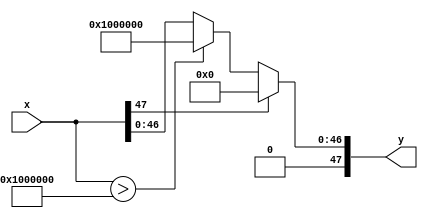
`timescale 1ns / 1ps
//////////////////////////////////////////////////////////////////////////////////
// Company: 
// Engineer: 
// 
// Design Name: 
// Module Name:    activation_function 
// Project Name: 
// Target Devices: 
// Tool versions: 
// Description: 
//
// Dependencies: 
//
// Revision: 
// Revision 0.01 - File Created
// Additional Comments: 
//
//////////////////////////////////////////////////////////////////////////////////
module activation_function(
    input      signed [47 : 0] x,
    output reg signed [47 : 0] y
);
// [TODO] determine whether it is useful or necessary to use 48 bits for y, since
// y will always be <= `ONE

// [TODO] refine this representation
`define ONE 48'h000001000000 /* 24.24 fixed point representation of 1.0 */

// Approximates a sigmoid function
//         / 0, x < 0
// f(x) = {  x, 0 <= x <= 1
//         \ 1, x > 1
always @(*) begin
	if (x[47]) // x < 0
		y = 47'b0;
	else if (x > `ONE)
		y = `ONE;
	else 
		y = x;
end

endmodule